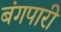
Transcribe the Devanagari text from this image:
बंगपारी